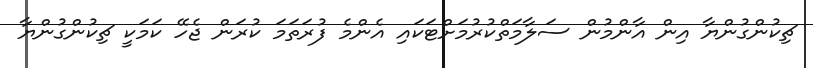
ޗިކުންގުންޔާ އިން އާންމުން ސަލާމަތްކުރުމަށްޓަކައި އެންމެ ފުރަތަމަ ކުރަން ޖެހޭ ކަމަކީ ޗިކުންގުންޔާ